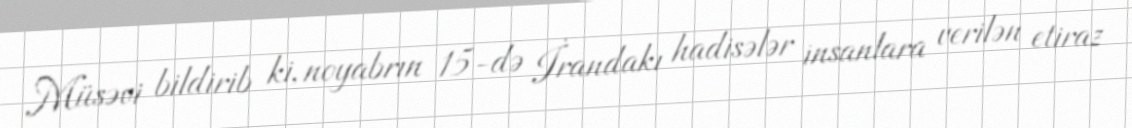
Müsəvi bildirib ki, noyabrın 15-də İrandakı hadisələr insanlara verilən etiraz